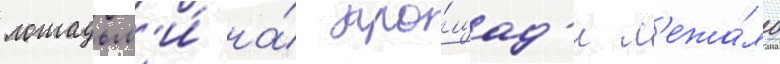
лошадьм'и́ на́ пло́щад'и л'ежа́ло